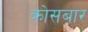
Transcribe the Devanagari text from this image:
क्रोसबार